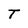
Character: T